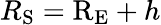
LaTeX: R_{\mathrm{S}}=\mathrm{R_{E}}+h